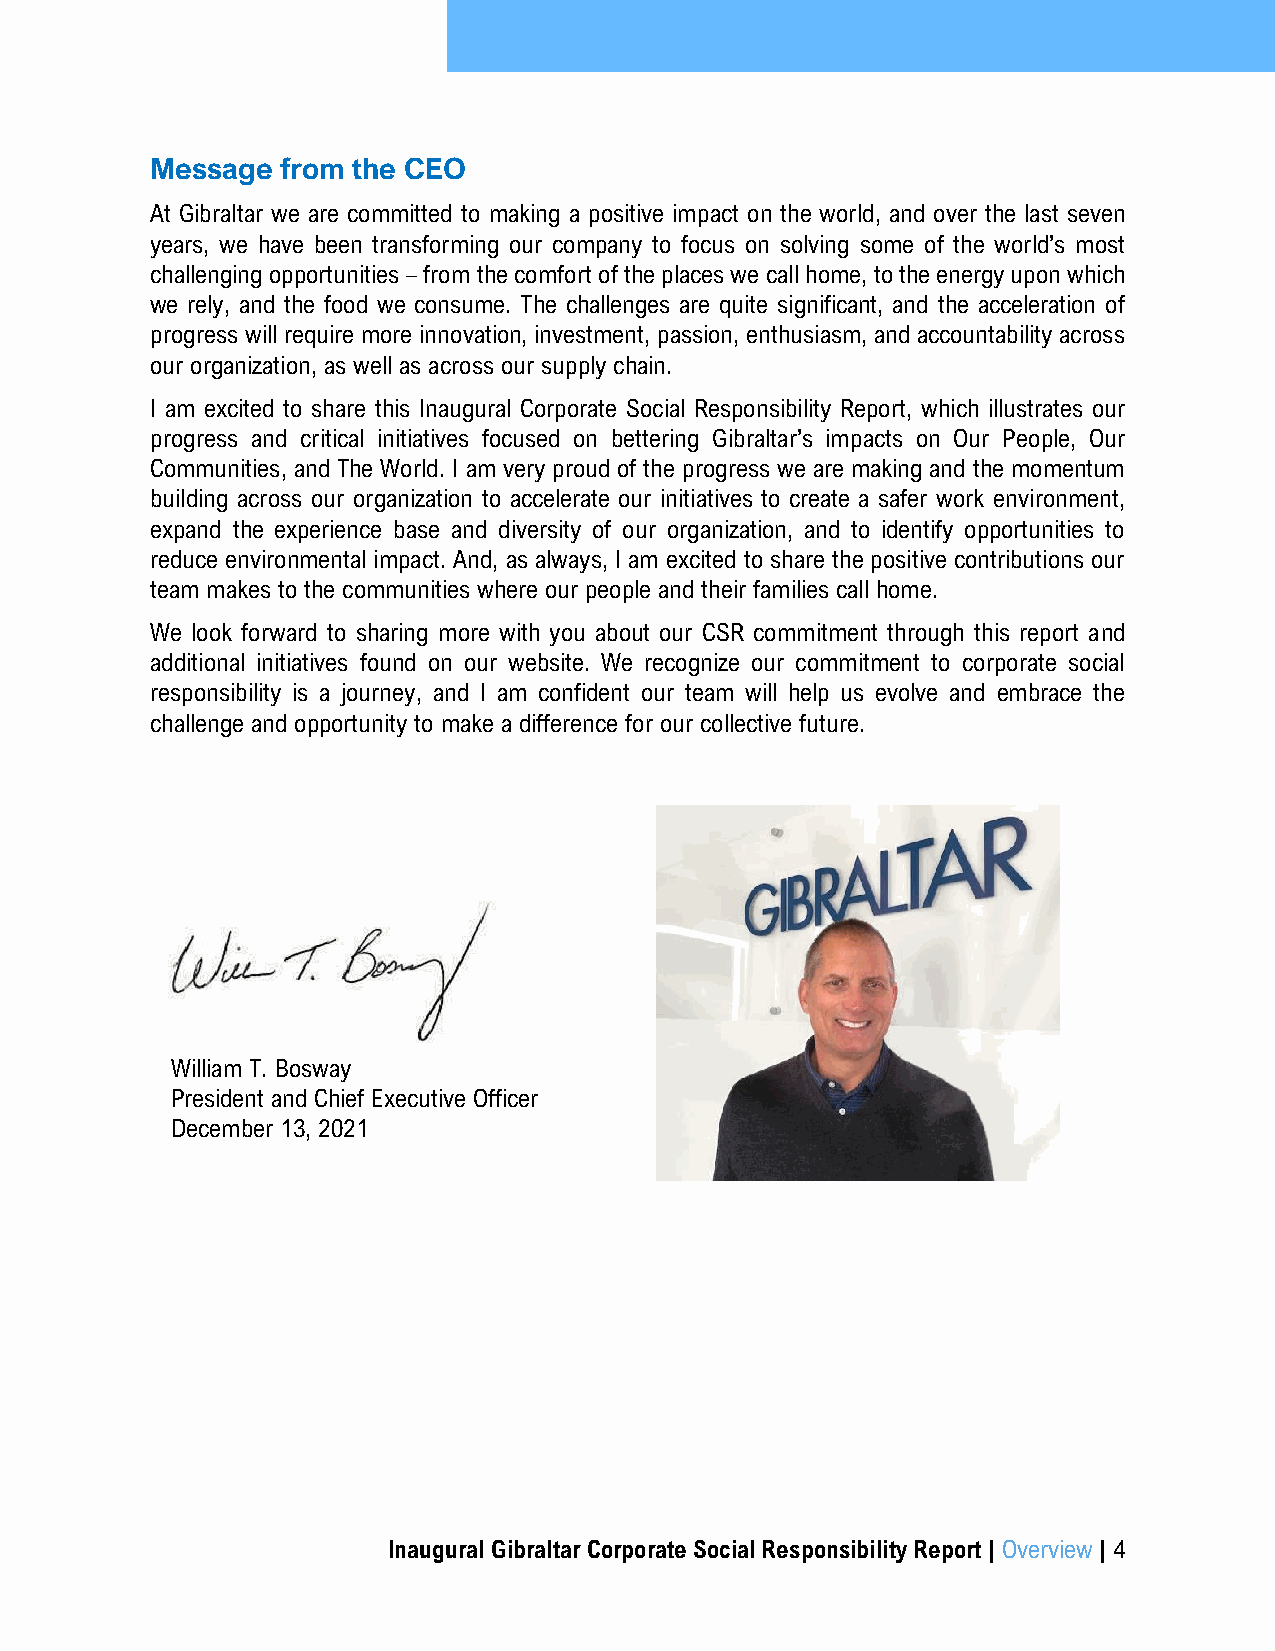
Message  from the CEO
 At Gibraltar we are committed to making a positive impact on the world, and over the last seven
 years, we have been transforming our company to focus on solving some of the world’s most
 challenging opportunities – from the comfort of the places we call home, to the energy upon which
 we rely, and the food we consume. The challenges are quite significant, and the acceleration of
 progress will require more innovation, investment, passion, enthusiasm, and accountability across
 our organization, as well as across our supply chain.
 I am excited to share this Inaugural Corporate Social Responsibility Report, which illustrates our
 progress and critical initiatives focused on bettering Gibraltar’s impacts on Our People, Our
 Communities, and The World. I am very proud of the progress we are making and the momentum
 building across our organization to accelerate our initiatives to create a safer work environment,
 expand the experience base and diversity of our organization, and to identify opportunities to
 reduce environmental impact. And, as always, I am excited to share the positive contributions our
 team makes to the communities where our people and their families call home.
 We look forward to sharing more with you about our CSR commitment through this report and
 additional initiatives found on our website. We recognize our commitment to corporate social
 responsibility is a journey, and I am confident our team will help us evolve and embrace the
 challenge and opportunity to make a difference for our collective future.
 William T. Bosway
 President and Chief Executive Officer
 December 13, 2021
 Inaugural Gibraltar Corporate Social Responsibility Report | Overview | 4